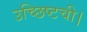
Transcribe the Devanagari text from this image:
उच्छिष्टची।